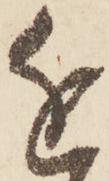
近